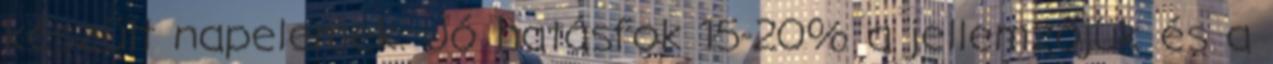
készült napelemek. Jó hatásfok 15-20% a jellemzőjük és a